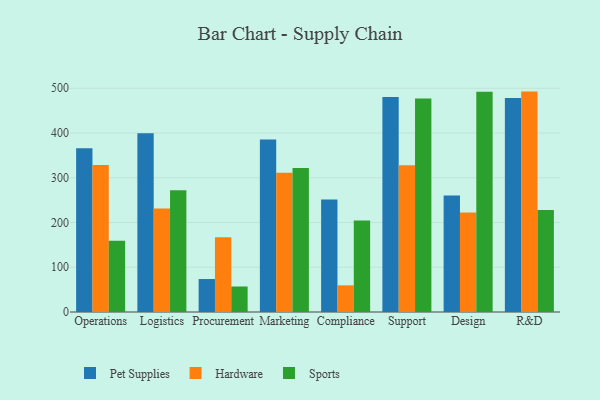
{"axis": {"x": "Department", "y": "Active Users"}, "legend": ["Hardware", "Pet Supplies", "Sports"], "data": [{"x": "Operations", "y": 366.0, "type": "Pet Supplies"}, {"x": "Operations", "y": 328.8, "type": "Hardware"}, {"x": "Operations", "y": 159.0, "type": "Sports"}, {"x": "Logistics", "y": 399.6, "type": "Pet Supplies"}, {"x": "Logistics", "y": 231.3, "type": "Hardware"}, {"x": "Logistics", "y": 272.0, "type": "Sports"}, {"x": "Procurement", "y": 73.7, "type": "Pet Supplies"}, {"x": "Procurement", "y": 167.0, "type": "Hardware"}, {"x": "Procurement", "y": 57.0, "type": "Sports"}, {"x": "Marketing", "y": 385.6, "type": "Pet Supplies"}, {"x": "Marketing", "y": 311.4, "type": "Hardware"}, {"x": "Marketing", "y": 321.8, "type": "Sports"}, {"x": "Compliance", "y": 251.6, "type": "Pet Supplies"}, {"x": "Compliance", "y": 59.6, "type": "Hardware"}, {"x": "Compliance", "y": 204.6, "type": "Sports"}, {"x": "Support", "y": 480.7, "type": "Pet Supplies"}, {"x": "Support", "y": 328.0, "type": "Hardware"}, {"x": "Support", "y": 477.3, "type": "Sports"}, {"x": "Design", "y": 260.2, "type": "Pet Supplies"}, {"x": "Design", "y": 222.2, "type": "Hardware"}, {"x": "Design", "y": 492.1, "type": "Sports"}, {"x": "R&D", "y": 478.2, "type": "Pet Supplies"}, {"x": "R&D", "y": 492.6, "type": "Hardware"}, {"x": "R&D", "y": 228.1, "type": "Sports"}]}